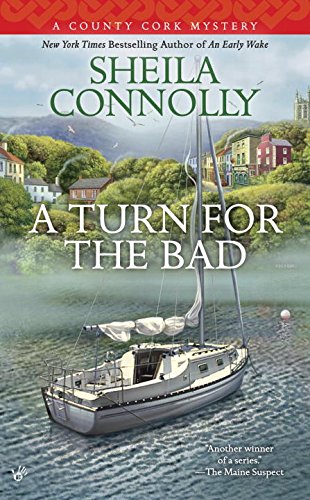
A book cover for A Turn for the Bad: A County Cork Mystery; Sheila Connolly; Mystery, Thriller & Suspense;